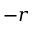
- r